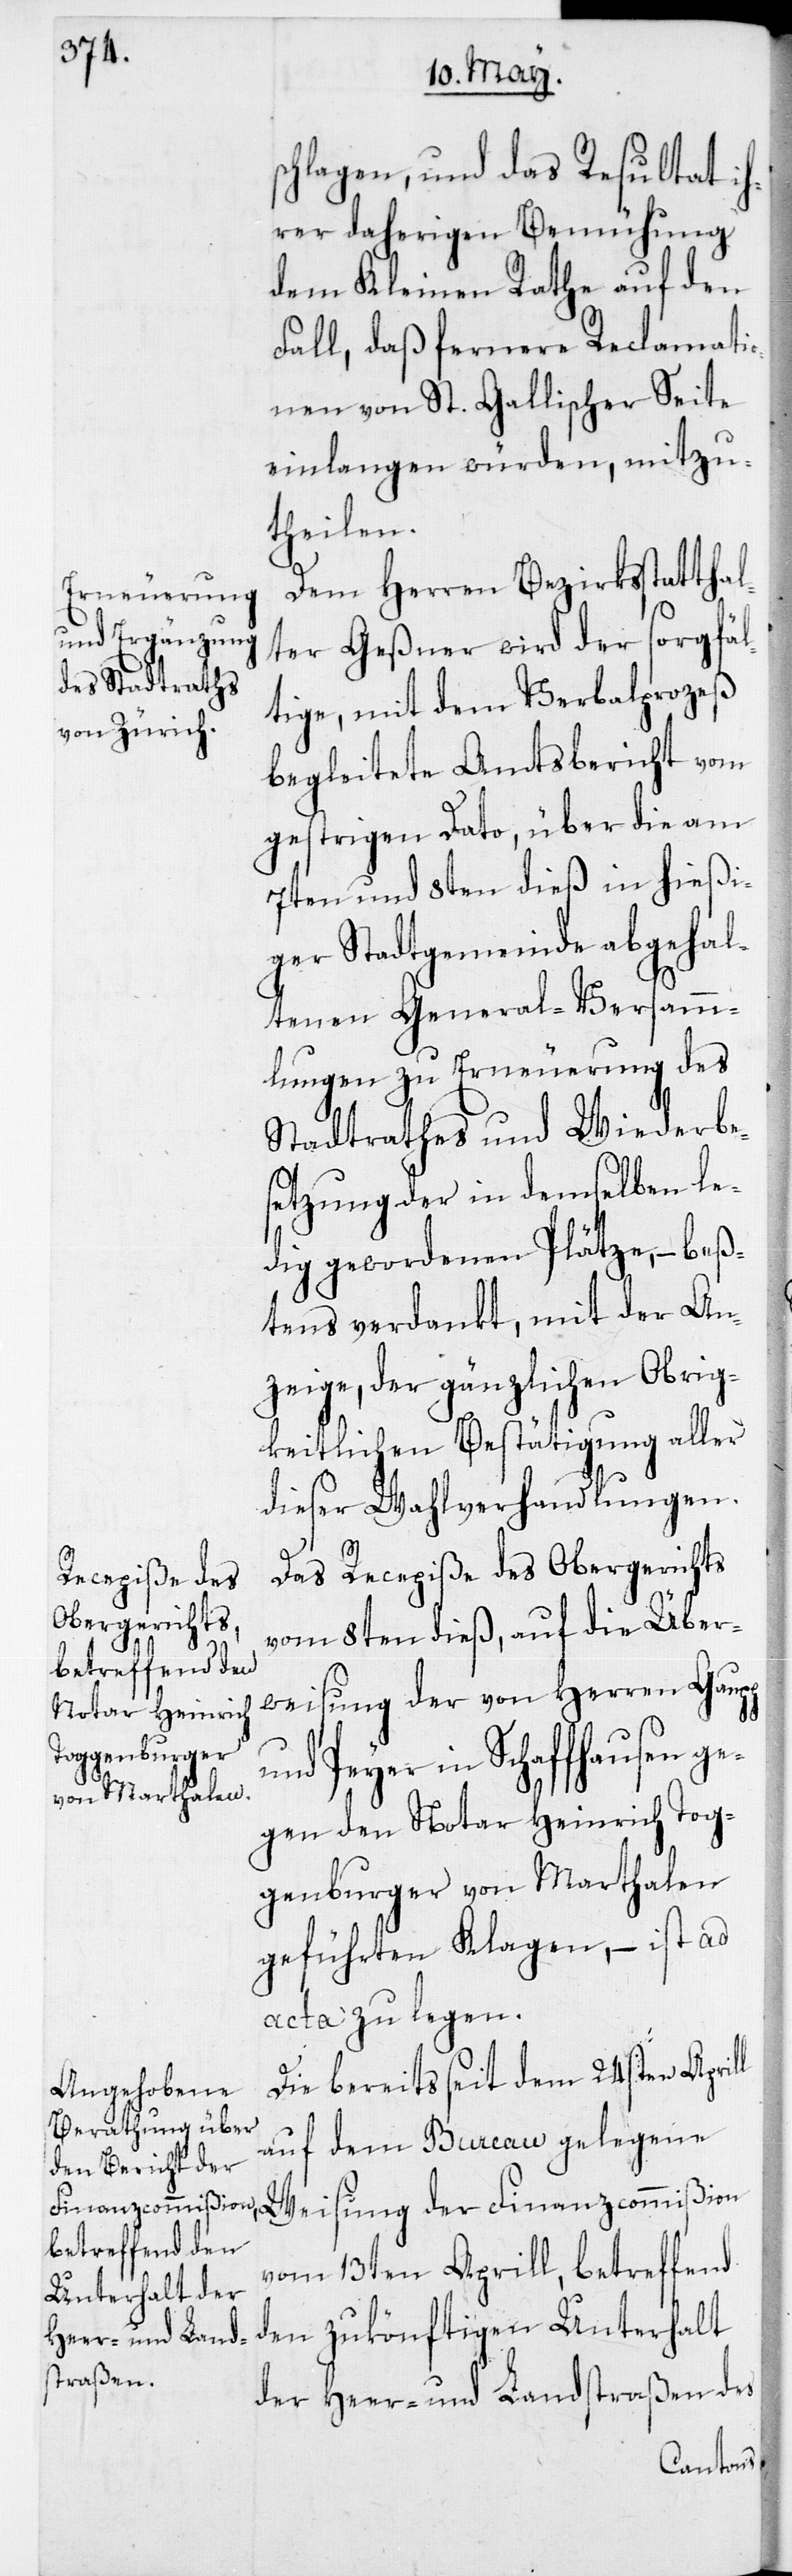
schlagen, und das Resultat ih¬
rer daherigen Bemühung
dem Kleinen Rathe auf den
Fall, daß fernere Reclamati¬
onen von St. Gallischer Seite
einlangen würden, mitzu¬
theilen.
Dem Herren Bezirksstatthal¬
ter Geßner wird der sorgfäl¬
tige, mit dem Verbalprozeß
begleitete Amtsbericht vom
gestrigen Dato, über die am
7ten und 8ten dieß in hießi¬
ger Stadtgemeinde abgehal¬
tenen General-Versamm¬
lungen zu Erneuerung des
Stadtrathes und Wiederbe¬
setzung der in demselben le¬
dig gewordenen Plätze, – beß¬
tens verdankt, mit der An¬
zeige, der gänzlichen Obrig¬
keitlichen Bestätigung aller
dieser Wahlverhandlungen.
l
Das Recepiße des Obergerichts
vom 8ten dieß, auf die Über¬
weisung der von Herren Gaupp
und Peyer in Schaffhausen ge¬
gen den Notar Heinrich Tog¬
genburger von Marthalen
geführten Klagen, – ist ad
acta zu legen.
Die bereits seit dem 24sten April¬
auf dem Bureau gelegene
vom 13ten Aprill, betreffend
den zukönftigen Unterhalt
der Heer- und Landstraßen des